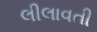
લીલાવતી